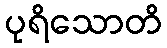
ပုရိသောတိ